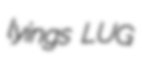
lyings LUG